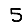
Digit: 5